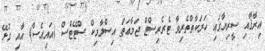
އިރާޤާއި ސީރިޔާގައި ހަރަކާތްތެރިވާ ޓެރެރިސްޓް ޖަމާޢަތް އިސްލާމިކް ސްޓޭޓްސް (އައިއެސް) އާއި ގުޅޭ